Indian journal of veterinary science and animal husbandry - Volumes 26-27, 1956-1957
Year: 1956
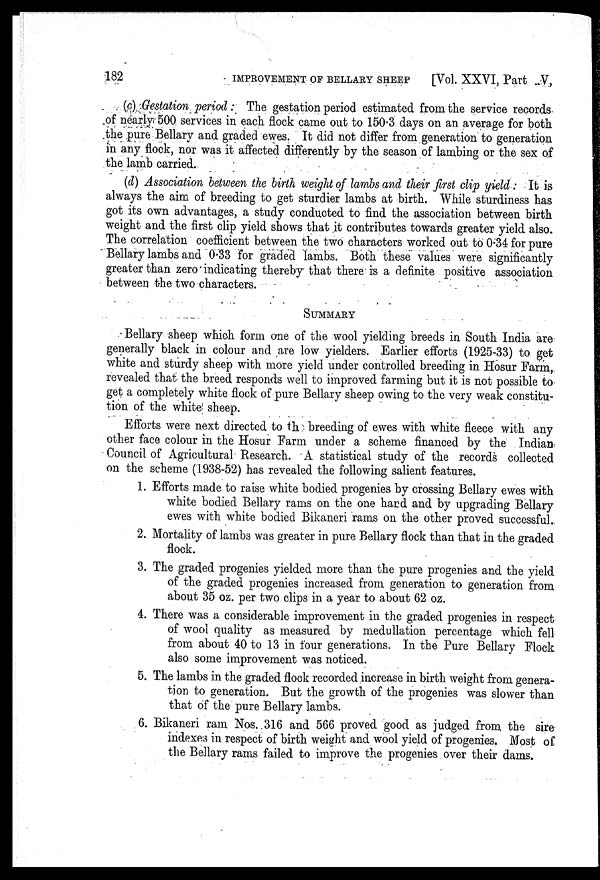
182
IMPROVEMENT OF BELLARY SHEEP
[Vol. XXVI, Part V,
(c) Gestation period . The gestation period estimated from the service records
of nearly 500 services in each flock came out to 150.3 days on an average for both
the pure Bellary and graded ewes. It did not differ from generation to generation
in any flock, nor was it affected differently by the season of lambing or the sex of
the lamb carried.
(d) Association between the birth weight of lambs and their first clip yield. It is
always the aim of breeding to get sturdier lambs at birth. While sturdiness has
got its own advantages, a study conducted to find the association between birth
weight and the first clip yield shows that it contributes towards greater yield also.
The correlation coefficient between the two characters worked out to 0.34 for pure
Bellary lambs and 0.33 for graded lambs. Both these values were significantly
greater than zero indicating thereby that there is a definite positive association
between the two characters.
SUMMARY
Bellary sheep which form one of the wool yielding breeds in South India are
generally black in colour and are low yielders. Earlier efforts (1925-33) to get
white and sturdy sheep with more yield under controlled breeding in Hosur Farm,
revealed that the breed responds well to improved farming but it is not possible to
get a completely white flock of pure Bellary sheep owing to the very weak constitu-
tion of the white sheep.
Efforts were next directed to th breeding of ewes with white fleece with any
other face colour in the Hosur Farm under a scheme financed by the Indian
Council of Agricultural Research. A statistical study of the records collected
on the scheme (1938-52) has revealed the following salient features.
1. Efforts made to raise white bodied progenies by crossing Bellary ewes with
white bodied Bellary rams on the one hard and by upgrading Bellary
ewes with white bodied Bikaneri rams on the other proved successful.
2. Mortality of lambs was greater in pure Bellary flock than that in the graded
flock.
3. The graded progenies yielded more than the pure progenies and the yield
of the graded progenies increased from generation to generation from
about 35 oz. per two clips in a year to about 62 oz.
4. There was a considerable improvement in the graded progenies in respect
of wool quality as measured by medullation percentage which fell
from about 40 to 13 in four generations. In the Pure Bellary Flock
also some improvement was noticed.
5. The lambs in the graded flock recorded increase in birth weight from genera-
tion to generation. But the growth of the progenies was slower than
that of the pure Bellary lambs.
6. Bikaneri ram Nos. 316 and 566 proved good as judged from the sire
indexes in respect of birth weight and wool yield of progenies. Most of
the Bellary rams failed to improve the progenies over their dams.